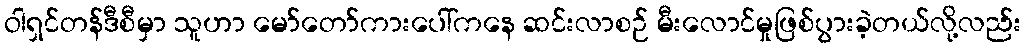
ဝါရှင်တန်ဒီစီမှာ သူဟာ မော်တော်ကားပေါ်ကနေ ဆင်းလာစဉ် မီးလောင်မှုဖြစ်ပွားခဲ့တယ်လို့လည်း